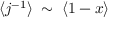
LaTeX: \langle j ^ { - 1 } \rangle \; \sim \; \langle 1 - x \rangle